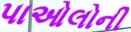
પાઓલોની